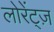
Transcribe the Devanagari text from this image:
लोरेंट्ज़